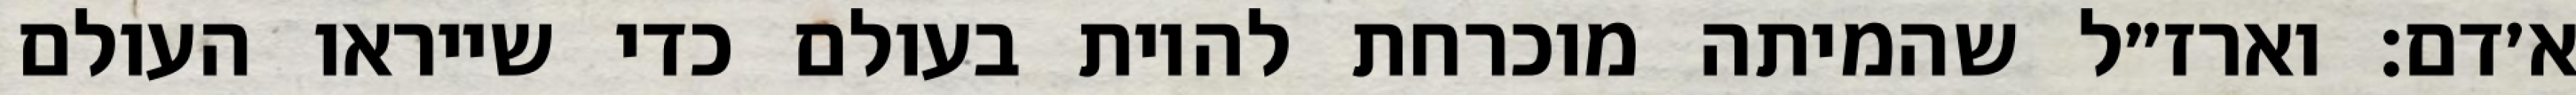
א׳דם: וארז״ל שהמיתה מוכרחת להיות בעולם כדי שייראו העולם